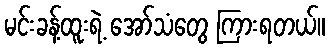
မင်းခန့်ထူးရဲ့ အော်သံတွေ ကြားရတယ်။